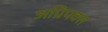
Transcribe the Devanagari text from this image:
अप्रिपक्त